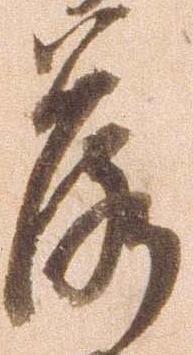
落